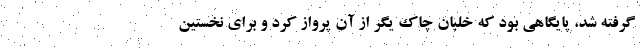
گرفته شد، پایگاهی بود که خلبان چاک یگر از آن پرواز کرد و برای نخستین